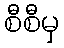
စီစီမှ